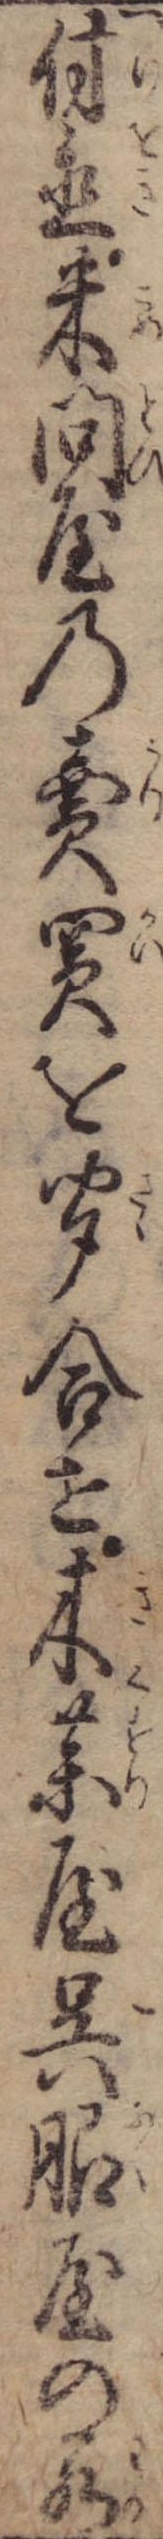
付置米問屋の売買を聞合せ木薬屋呉服屋の若